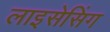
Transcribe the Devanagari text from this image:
लाइसेसिंग